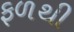
ફળથી